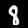
Digit: 8